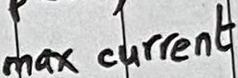
Text: max current